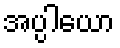
အပ္ပါယော